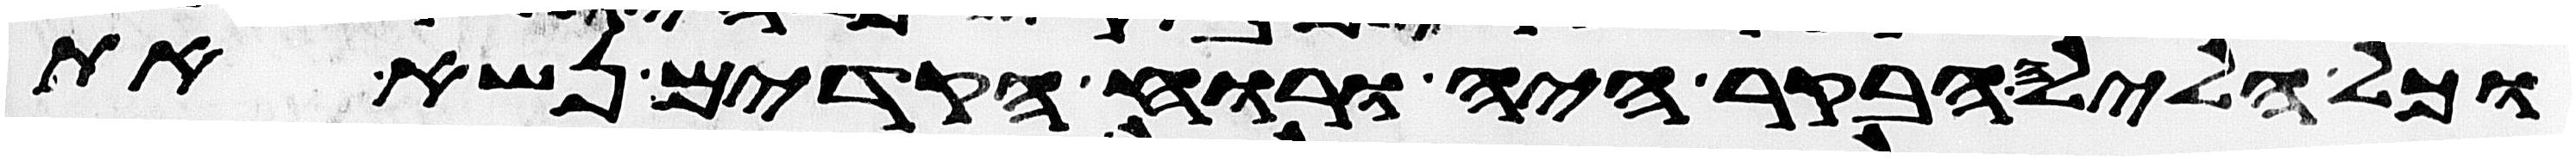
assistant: וכל הלילה הבקר היה ורוח הקדים נשא את